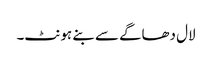
لال دھاگے سے بنے ہونٹ۔